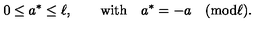
0 \leq a ^ { * } \leq \ell , \qquad \mathrm { w i t h } \quad a ^ { * } = - a \quad ( \mathrm { m o d } \ell ) .